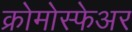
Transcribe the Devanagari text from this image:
क्रोमोस्फेअर